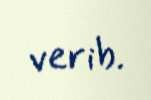
verib.